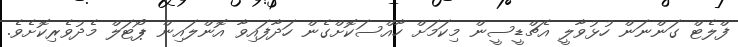
ފްލެޓް ގަންނަން ހުޅުވާލީ އެޗްޑީސީން މިކަމަށް ހާއްސަކޮށްގެން ހަދާފައިވާ އޮންލައިން ޕޯޓަލް މެދުވެރިކޮށެވެ.